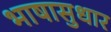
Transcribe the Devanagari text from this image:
भाषासुधार